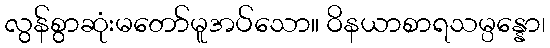
လွန်စွာဆုံးမတော်မူအပ်သော။ ဝိနယာစာရသမ္ပန္နော၊